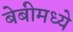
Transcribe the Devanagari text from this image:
बेबीमध्ये